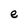
Character: e